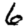
Digit: 6